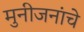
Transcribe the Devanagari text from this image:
मुनीजनांचे